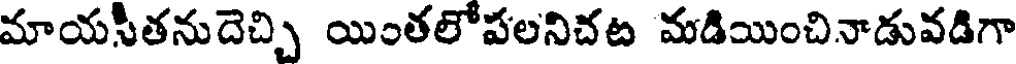
మాయసీతనుదెచ్చి యింతలోపలనిచట మడియించినాడువడిగా